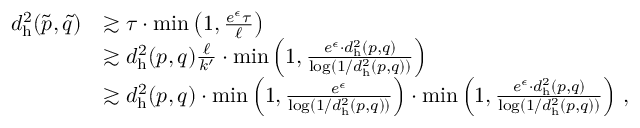
\begin{array} { r l } { d _ { \mathrm { h } } ^ { 2 } ( \tilde { p } , \tilde { q } ) } & { \gtrsim \tau \cdot \operatorname* { m i n } \left( 1 , \frac { e ^ { \epsilon } \tau } { \ell } \right) } \\ & { \gtrsim d _ { \mathrm { h } } ^ { 2 } ( p , q ) \frac { \ell } { k ^ { \prime } } \cdot \operatorname* { m i n } \left( 1 , \frac { e ^ { \epsilon } \cdot d _ { \mathrm { h } } ^ { 2 } ( p , q ) } { \log ( 1 / d _ { \mathrm { h } } ^ { 2 } ( p , q ) ) } \right) } \\ & { \gtrsim d _ { \mathrm { h } } ^ { 2 } ( p , q ) \cdot \operatorname* { m i n } \left( 1 , \frac { e ^ { \epsilon } } { \log ( 1 / d _ { \mathrm { h } } ^ { 2 } ( p , q ) ) } \right) \cdot \operatorname* { m i n } \left( 1 , \frac { e ^ { \epsilon } \cdot d _ { \mathrm { h } } ^ { 2 } ( p , q ) } { \log ( 1 / d _ { \mathrm { h } } ^ { 2 } ( p , q ) ) } \right) \, , } \end{array}